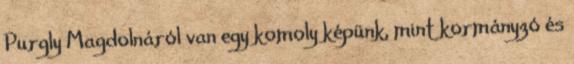
Purgly Magdolnáról van egy komoly képünk, mint kormányzó és